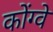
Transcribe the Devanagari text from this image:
कोंग्वे